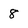
Character: 8